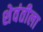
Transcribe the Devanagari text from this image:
शेवंतीला